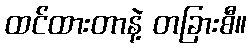
ထင်ထားတာနဲ့ တခြားစီ။